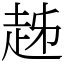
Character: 趀